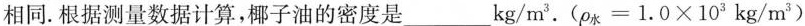
相同.根据测量数据计算，椰子油的密度是___kg/m^{3}.($$ρ _ { 水 } = 1 . 0 × 1 0 ^ { 3 } k g / m ^ { 3 }$$)